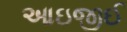
આઇજીઈ